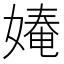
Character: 𭒎